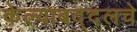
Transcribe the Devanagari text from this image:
केल्याबद्दलचे